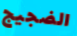
الضجيج